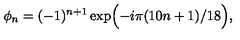
\phi _ { n } = ( - 1 ) ^ { n + 1 } \exp \Bigl ( - i \pi ( 1 0 n + 1 ) / 1 8 \Bigr ) ,